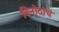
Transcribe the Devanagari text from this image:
विनोदांचं